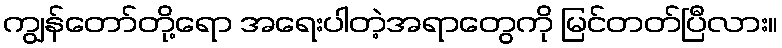
ကျွန်တော်တို့ရော အရေးပါတဲ့အရာတွေကို မြင်တတ်ပြီလား။